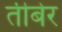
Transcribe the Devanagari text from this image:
तीबेर